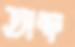
অব্দ